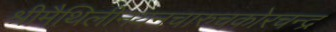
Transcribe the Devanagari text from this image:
श्रीमैथिलीनयनचारुचकोरचन्द्र